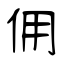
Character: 佣